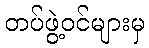
တပ်ဖွဲ့ဝင်များမှ